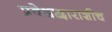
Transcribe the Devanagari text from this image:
प्रवेशद्वाराशीच